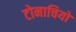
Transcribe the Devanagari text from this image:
टोनाचियो